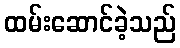
ထမ်းဆောင်ခဲ့သည်